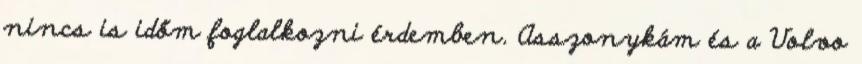
nincs is időm foglalkozni érdemben. Asszonykám és a Volvo